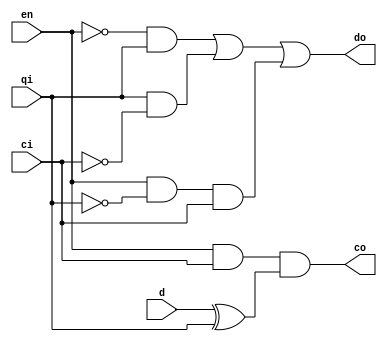
module has(
    input en, d, qi, ci,
    output co, do
  );
  
assign co = en & ci & (d ^ qi);
assign do = (~en & qi) | (qi & ~ci) | (en & ~qi & ci);
  
endmodule